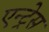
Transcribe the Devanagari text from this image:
एन्ट्रेस